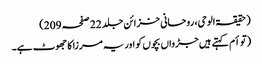
(حقیقۃ الوحی، روحانی خزائن جلد 22 صفحہ 209)
(توأم کہتے ہیں جڑواں بچوں کو اور یہ مرزا کا جھوٹ ہے۔